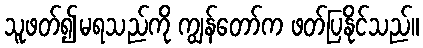
သူဖတ်၍မရသည်ကို ကျွန်တော်က ဖတ်ပြနိုင်သည်။